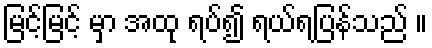
မြင့်မြင့် မှာ အထု ရပ်၍ ရယ်ရပြန်သည် ။